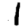
Digit: 1